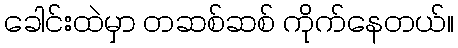
ခေါင်းထဲမှာ တဆစ်ဆစ် ကိုက်နေတယ်။